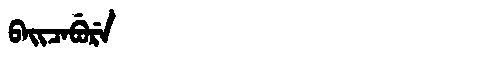
Manchu: ᠪᠠᡳᠴᠠᠪᡠᡵᡝ
Romanization: BAICABURE